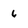
Character: 6